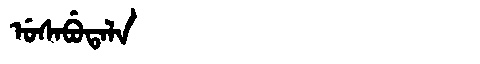
Manchu: ᡠᠰᠠᠪᡠᡨᠠᠯᠠ
Romanization: USABUTALA